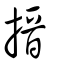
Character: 搢